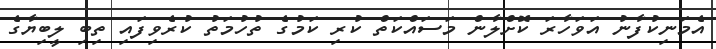
އެމަނިކުފާނު އަވަހާރަ ކޮށްލާން މަސައްކަތް ކުރި ކަމުގެ ތުހުމަތު ކުރެވިފައި ތިބި ލީބިޔާގެ